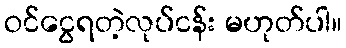
ဝင်ငွေရတဲ့လုပ်ငန်း မဟုတ်ပါ။